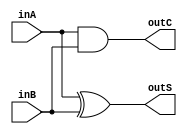
/*	Practica de la materia Sistemas Digitales II
	Descripcion HDL para:
		Sumador de 1-bit
*/
module Sum(inA, inB, outS, outC); 
  input inA, inB; //Entradas 
  output outS, outC; //Salidas
  and (outC, inA, inB);
  xor (outS, inA, inB);
endmodule